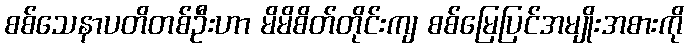
စစ်သေနာပတိတစ်ဦးဟာ မိမိစိတ်တိုင်းကျ စစ်မြေပြင်အမျိုးအစားကို